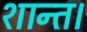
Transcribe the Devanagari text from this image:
शान्त।